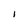
Character: i